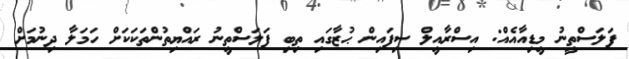
ފަލަސްތީނު މީޑިއާއެއް: އިސްރާއީލް ސިފައިން ޙުޒާގައި ތިބި ފަލަސްތީނު ރައްޔިތުންތަކަކަށް ހަމަލާ ދިނުމަށް